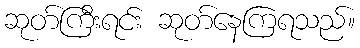
ဆုတ်ကြီးရင်း ဆုတ်နေကြရသည်။